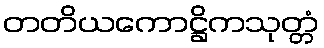
တတိယကောဋ္ဌိကသုတ္တံ